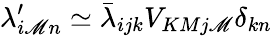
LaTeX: \lambda_{i\mathscr{M}n}^{\prime}\simeq\bar{{\lambda}}_{ijk}V_{KMj\mathscr{M}}\delta_{kn}